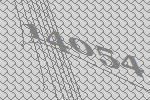
14054